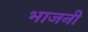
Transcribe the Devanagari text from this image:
भाजनी